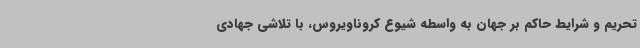
تحریم و شرایط حاکم بر جهان به واسطه شیوع کروناویروس، با تلاشی جهادی